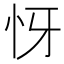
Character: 㤉